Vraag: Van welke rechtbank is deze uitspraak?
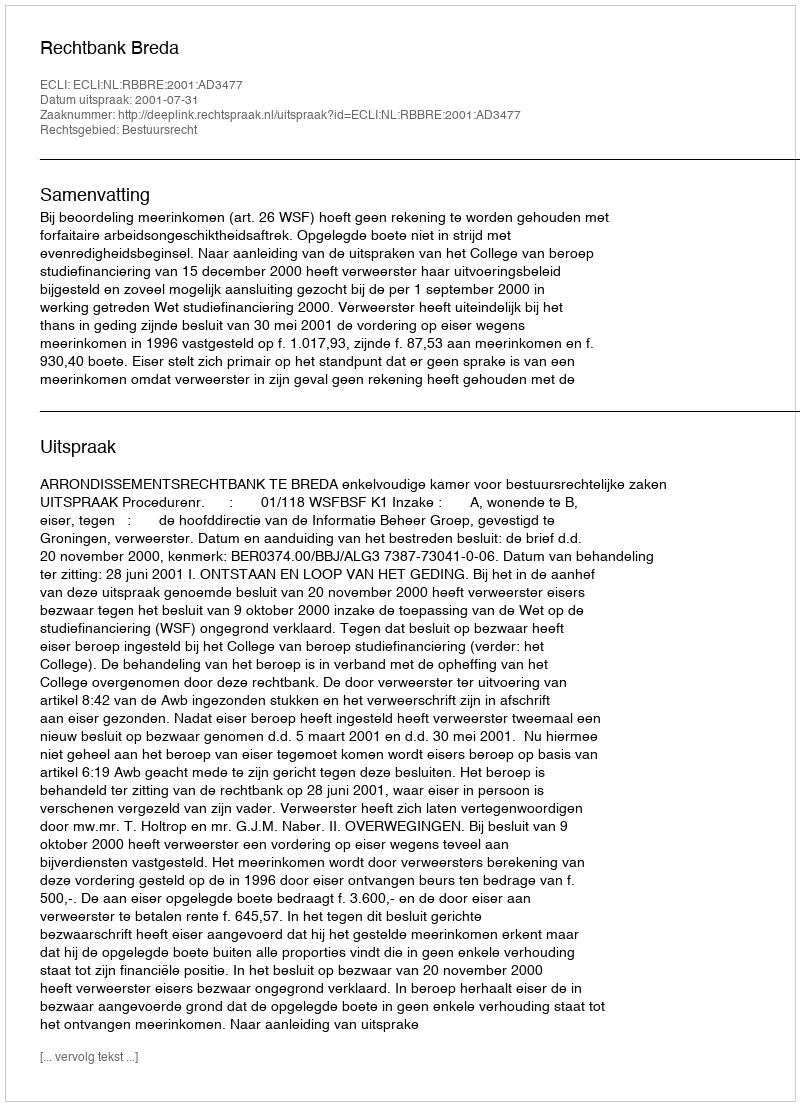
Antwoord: Rechtbank Breda